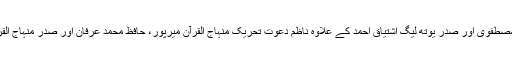
پروگرام میں نقابت کے فرائض صدر ایم ایس ایم اویس مصطفوی اور صدر یوتھ لیگ اشتیاق احمد کے علاوہ ناظم دعوت تحریک منہاج القرآن میرپور، حافظ محمد عرفان اور صدر منہاج القرآن میرپور بشارت علی چوہدری نے بھی سرانجام دیے۔